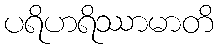
ပရိဟရိဿာမာတိ